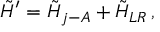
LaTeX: \tilde { H } ^ { \prime } = \tilde { H } _ { j - A } + \tilde { H } _ { L R } \, ,